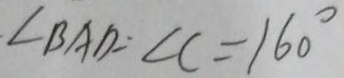
\angle B A D : \angle C = 1 6 0 ^ { \circ }